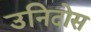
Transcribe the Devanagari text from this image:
उनिदोस